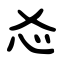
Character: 㣻